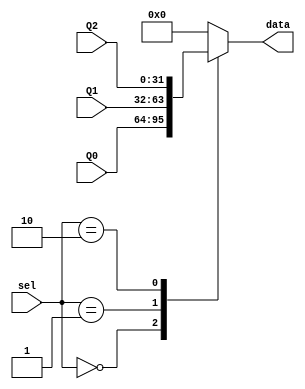
module MUXNInput (
  input [1:0]sel,
  input [31:0] Q0,
  input [31:0] Q1,
  input [31:0] Q2,
  output [31:0] data
);

reg [31:0] Dout;
assign data = Dout;
always @ * begin
  case (sel)
    0: Dout = Q0;
    1: Dout = Q1;
    2: Dout = Q2;
	 default: Dout = 0;
  endcase
end
endmodule